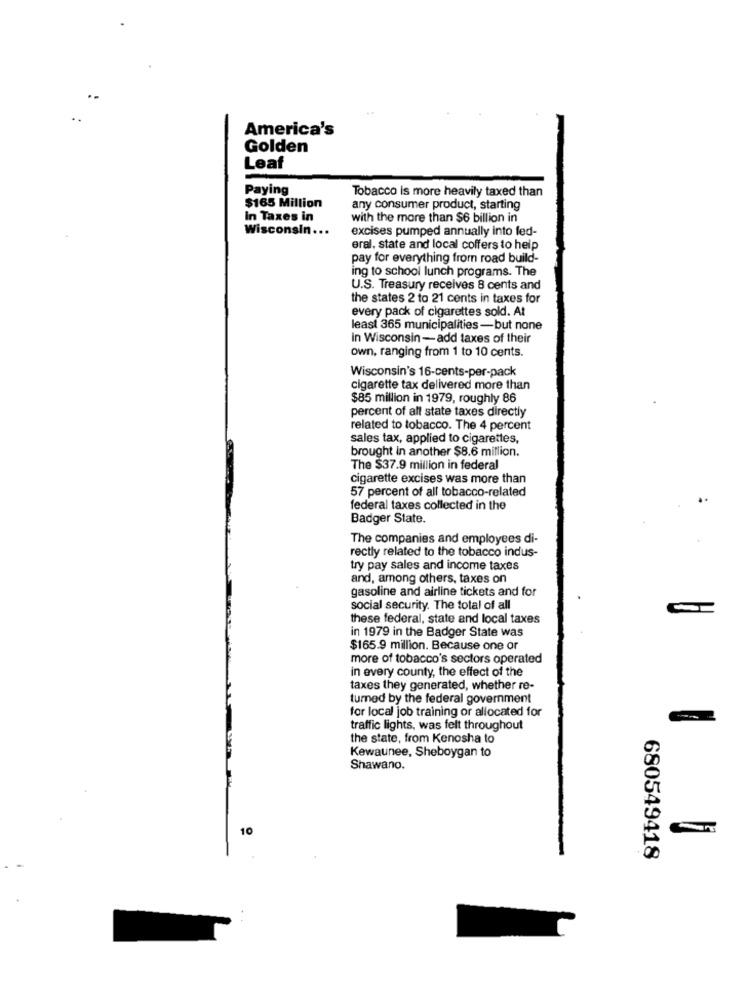
America's
Golden
Leaf
Paying
Tobacco is more heavily taxed than
$165 Million
any consumer product, starting
In Taxes in
with the more than $6 billion in
Wisconsin.
excises pumped annually into fed-
eral, state and local coffers to help
pay for everything from road build-
ing to school lunch programs. The
U.S. Treasury receives 8 cents and
the states 2 to 21 cents in taxes for
every pack of cigarettes sold. At
least 365 municipalities -but none
in Wisconsin-add taxes of their
own, ranging from 1 to 10 cents.
Wisconsin's 16-cents-per-pack
cigarette tax delivered more than
$85 million in 1979, roughly 86
percent of all state taxes directly
related to tobacco. The 4 percent
sales tax, applied to cigarettes,
brought in another $8.6 million.
The $37.9 million in federal
cigarette excises was more than
57 percent of all tobacco-related
federal taxes collected in the
Badger State.
The companies and employees di-
rectly related to the tobacco indus-
try pay sales and income taxes
and, among others, taxes on
gasoline and airline tickets and for
social security. The total of all
these federal, state and local taxes
in 1979 in the Badger State was
$165.9 million. Because one or
more of tobacco's sectors operated
in every county, the effect of the
taxes they generated, whether re-
turned by the federal government
for local job training or allocated for
traffic lights, was felt throughout
the state, from Kenosha to
Kewaunee, Sheboygan to
Shawano.
10
680549418